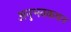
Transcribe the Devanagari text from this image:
अनुभवकथन